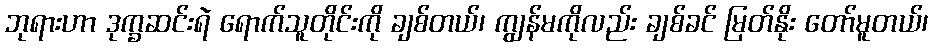
ဘုရားဟာ ဒုက္ခဆင်းရဲ ရောက်သူတိုင်းကို ချစ်တယ်၊ ကျွန်မကိုလည်း ချစ်ခင် မြတ်နိုး တော်မူတယ်၊